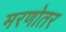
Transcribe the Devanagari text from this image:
मरणोतर